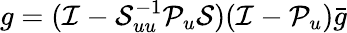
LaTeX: g=(\mathcal{I}-\mathcal{S}_{uu}^{-1}\mathcal{P}_{u}\mathcal{S})(\mathcal{I}-\mathcal{P}_{u})\bar{g}